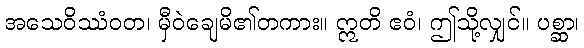
အသေဝိဿံဝတ၊ မှီဝဲချေမိ၏တကား။ ဣတိ ဧဝံ၊ ဤသို့လျှင်။ ပစ္ဆာ၊